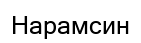
Нарамсин